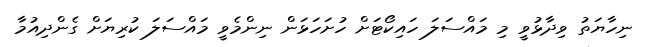
ނިހާޔަތު ވިދާޅުވީ މި މައްސަލަ ހައިކޯޓަށް ހުށަހަޅަން ނިންމެވީ މައްސަލަ ކުރިޔަށް ގެންދިއުމާ